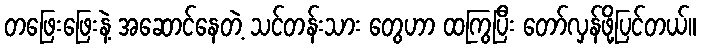
တဖြေးဖြေးနဲ့ အဆောင်နေတဲ့ သင်တန်းသား တွေဟာ ထကြွပြီး တော်လှန်ဖို့ပြင်တယ်။